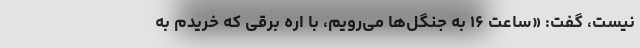
نیست، گفت: «ساعت ۱۶ به جنگل‌ها می‌رویم، با اَره برقی که خریدم به